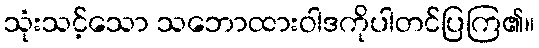
သုံးသင့်သော သဘောထားဝါဒကိုပါတင်ပြကြ၏။